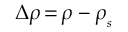
\Delta \rho \, { = } \, \rho - \rho _ { _ s }